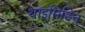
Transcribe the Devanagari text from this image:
थाइमिडिन